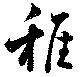
稚